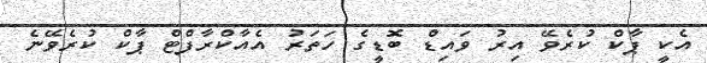
އެކީ ޕާކް ކުރެވޭ އިރު ވައިޑް ބޮޑީގެ ހަތަރު އެއާކްރާފްޓް ޕާކް ކުރެވޭނެ